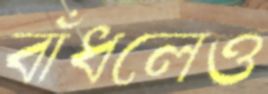
বাঁধলেও